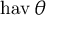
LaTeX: \operatorname { h a v } \theta